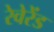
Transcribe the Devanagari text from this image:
रेवेरेंड